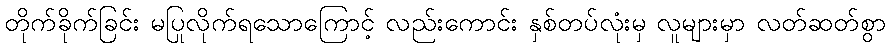
တိုက်ခိုက်ခြင်း မပြုလိုက်ရသောကြောင့် လည်းကောင်း နှစ်တပ်လုံးမှ လူများမှာ လတ်ဆတ်စွာ